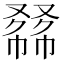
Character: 𠭾